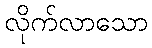
လိုက်လာသော